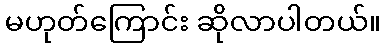
မဟုတ်ကြောင်း ဆိုလာပါတယ်။